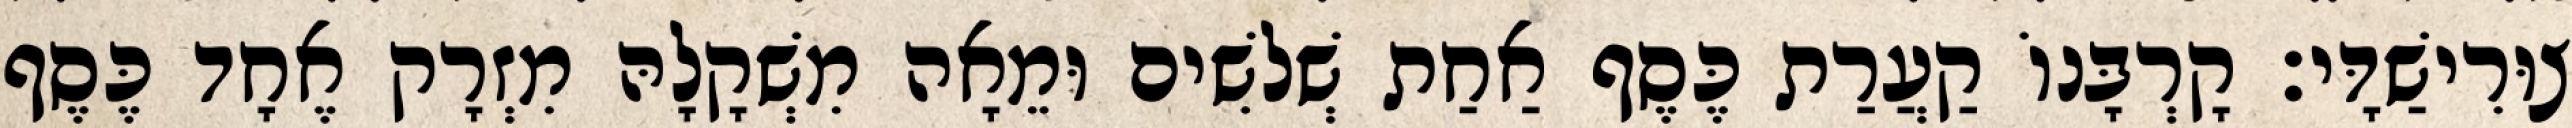
צוּרִישַׁדָּי׃ קָרְבָּנוֹ קַעֲרַת כֶּסֶף אַחַת שְׁלשִׁים וּמֵאָה מִשְׁקָלָהּ מִזְרָק אֶחָד כֶּסֶף